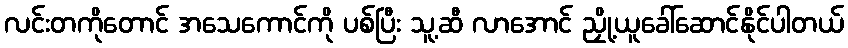
လင်းတကိုတောင် အသေကောင်ကို ပစ်ပြီး သူ့ဆီ လာအောင် ညှို့ယူခေါ်ဆောင်နိုင်ပါတယ်